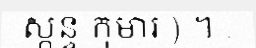
ស្កន្ទ កុមារ ) ។ .